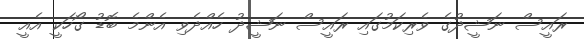
ރައީސް ނަޝީދުގެ ވެރިކަމުގައި ރައީސް ނަޝީދު ހެއްދެވި އެންމެ ބޮޑު ގޯހަކީ އެއީ